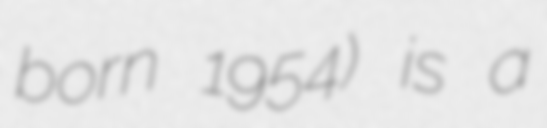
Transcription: born 1954) is a